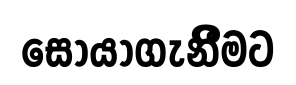
සොයාගැනිීමට